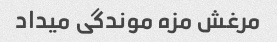
مرغش مزه موندگی میداد